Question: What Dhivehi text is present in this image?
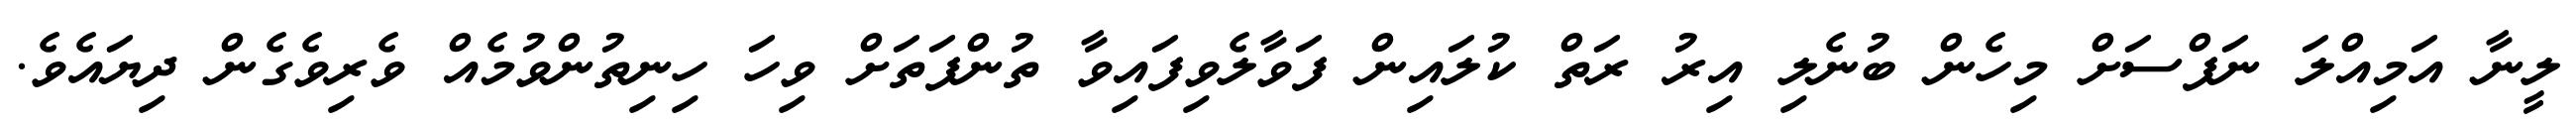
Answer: ލީނާ އަމިއްލަ ނަފްސަށް މިހެން ބުނެލި އިރު ރަތް ކުލައިން ފަވާލެވިފައިވާ ތުންފަތަށް ވިހަ ހިނިތުންވުމެއް ވެރިވެގެން ދިޔައެވެ.